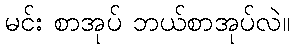
မင်း စာအုပ် ဘယ်စာအုပ်လဲ။